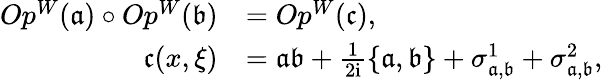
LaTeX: \begin{array}{rl}{Op^{W}(\mathfrak{a})\circ Op^{W}(\mathfrak{b})}&{=Op^{W}(\mathfrak{c}),}\\ {{\mathfrak{c}}(x,\xi)}&{=\mathfrak{a}\mathfrak{b}+\frac{1}{2\mathrm{i}}\left\{ \mathfrak{a},\mathfrak{b}\right\} +\sigma_{\mathfrak{a},\mathfrak{b}}^{1}+\sigma_{\mathfrak{a},\mathfrak{b}}^{2},}\end{array}